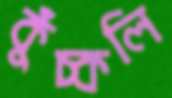
কুঁচ্‌কলি